Civil Veterinary Department. Central Provinces & Berar 1932-41 - 1932-1941
Year: 1932
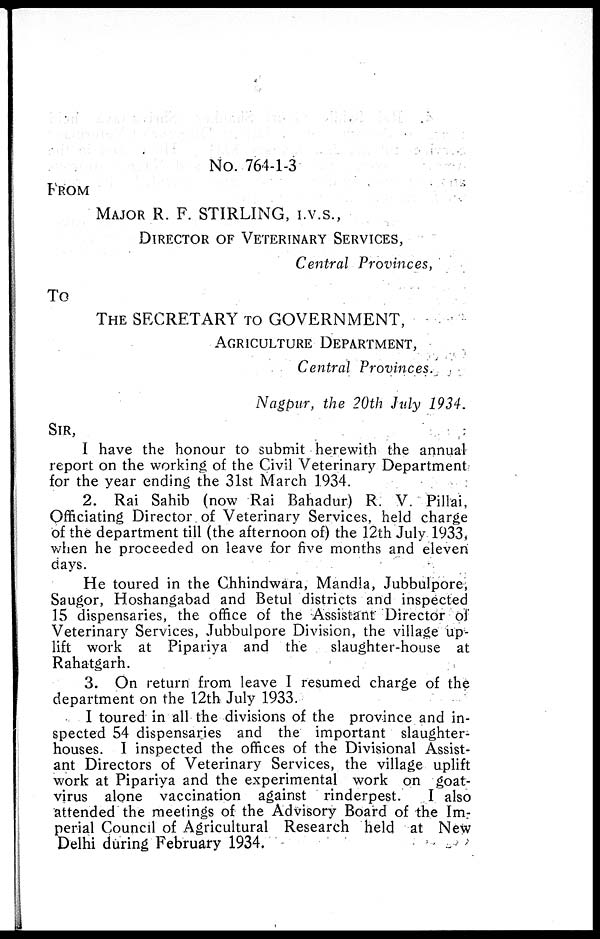
No. 764-1-3
FROM
MAJOR R. F. STIRLING, I.V.S.,
DIRECTOR OF VETERINARY SERVICES,
Central Provinces,
To
THE SECRETARY TO GOVERNMENT,
AGRICULTURE DEPARTMENT,
Central Provinces.
Nagpur, the 20th July 1934.
SIR,
I have the honour to submit herewith the annual
report on the working of the Civil Veterinary Department
for the year ending the 31st March 1934.
2. Rai Sahib (now Rai Bahadur) R. V. Pillai,
Officiating Director of Veterinary Services, held charge
of the department till (the afternoon of) the 12th July 1933,
when he proceeded on leave for five months and eleven
days.
He toured in the Chhindwara, Mandla, Jubbulpore,
Saugor, Hoshangabad and Betul districts and inspected
15 dispensaries, the office of the Assistant Director of
Veterinary Services, Jubbulpore Division, the village up-
lift work at Pipariya and the
slaughter-house at
Rahatgarh.
3. On return from leave I resumed charge of the
department on the 12th July 1933.
I toured in all the divisions of the province and in-
spected 54 dispensaries and the important slaughter-
houses. I inspected the offices of the Divisional Assist-
ant Directors of Veterinary Services, the village uplift
work at Pipariya and the experimental work on goat-
virus alone vaccination against rinderpest.
I also
attended the meetings of the Advisory Board of the Im-
perial Council of Agricultural Research held at New
Delhi during February 1934.